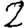
Digit: 2